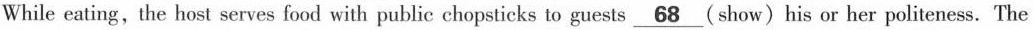
While eating, the host serves food with public chopsticks to guests \underline{68} (show) his or her politeness. The